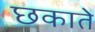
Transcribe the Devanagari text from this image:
छकाते